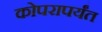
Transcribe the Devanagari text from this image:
कोपरापर्यंत